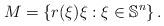
LaTeX: \begin{align*}M=\left\{r(\xi)\xi:\xi\in\mathbb{S}^n \right\}.\end{align*}